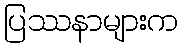
ပြဿနာများက